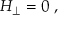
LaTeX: { \cal H } _ { \perp } = 0 \ ,